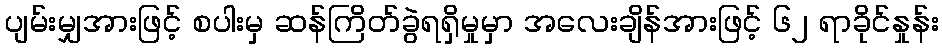
ပျမ်းမျှအားဖြင့် စပါးမှ ဆန်ကြိတ်ခွဲရရှိမှုမှာ အလေးချိန်အားဖြင့် ၆၂ ရာခိုင်နှုန်း